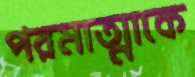
পরমাত্মাকে